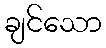
ချင်သော